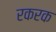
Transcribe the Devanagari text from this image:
रकरक